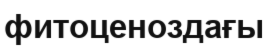
фитоценоздағы